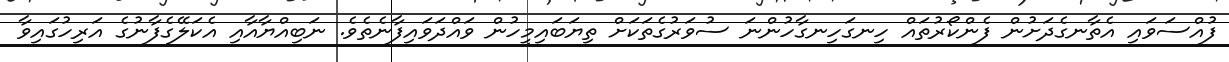
ފުއްސަވައި އެތާނގެދަށުން ފެންކޯރުތައް ހިނގަހިނގާހުންނަ ސުވަރުގެތަކަށް ތިޔަބައިމީހުން ވައްދަވައިފާނެތެވެ. ނަބިއްޔާއާއި އެކަލޭގެފާނުގެ އަރިހުގައިވާ